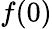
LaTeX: f(0)